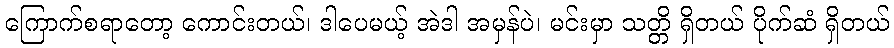
ကြောက်စရာတော့ ကောင်းတယ်၊ ဒါပေမယ့် အဲဒါ အမှန်ပဲ၊ မင်းမှာ သတ္တိ ရှိတယ် ပိုက်ဆံ ရှိတယ်